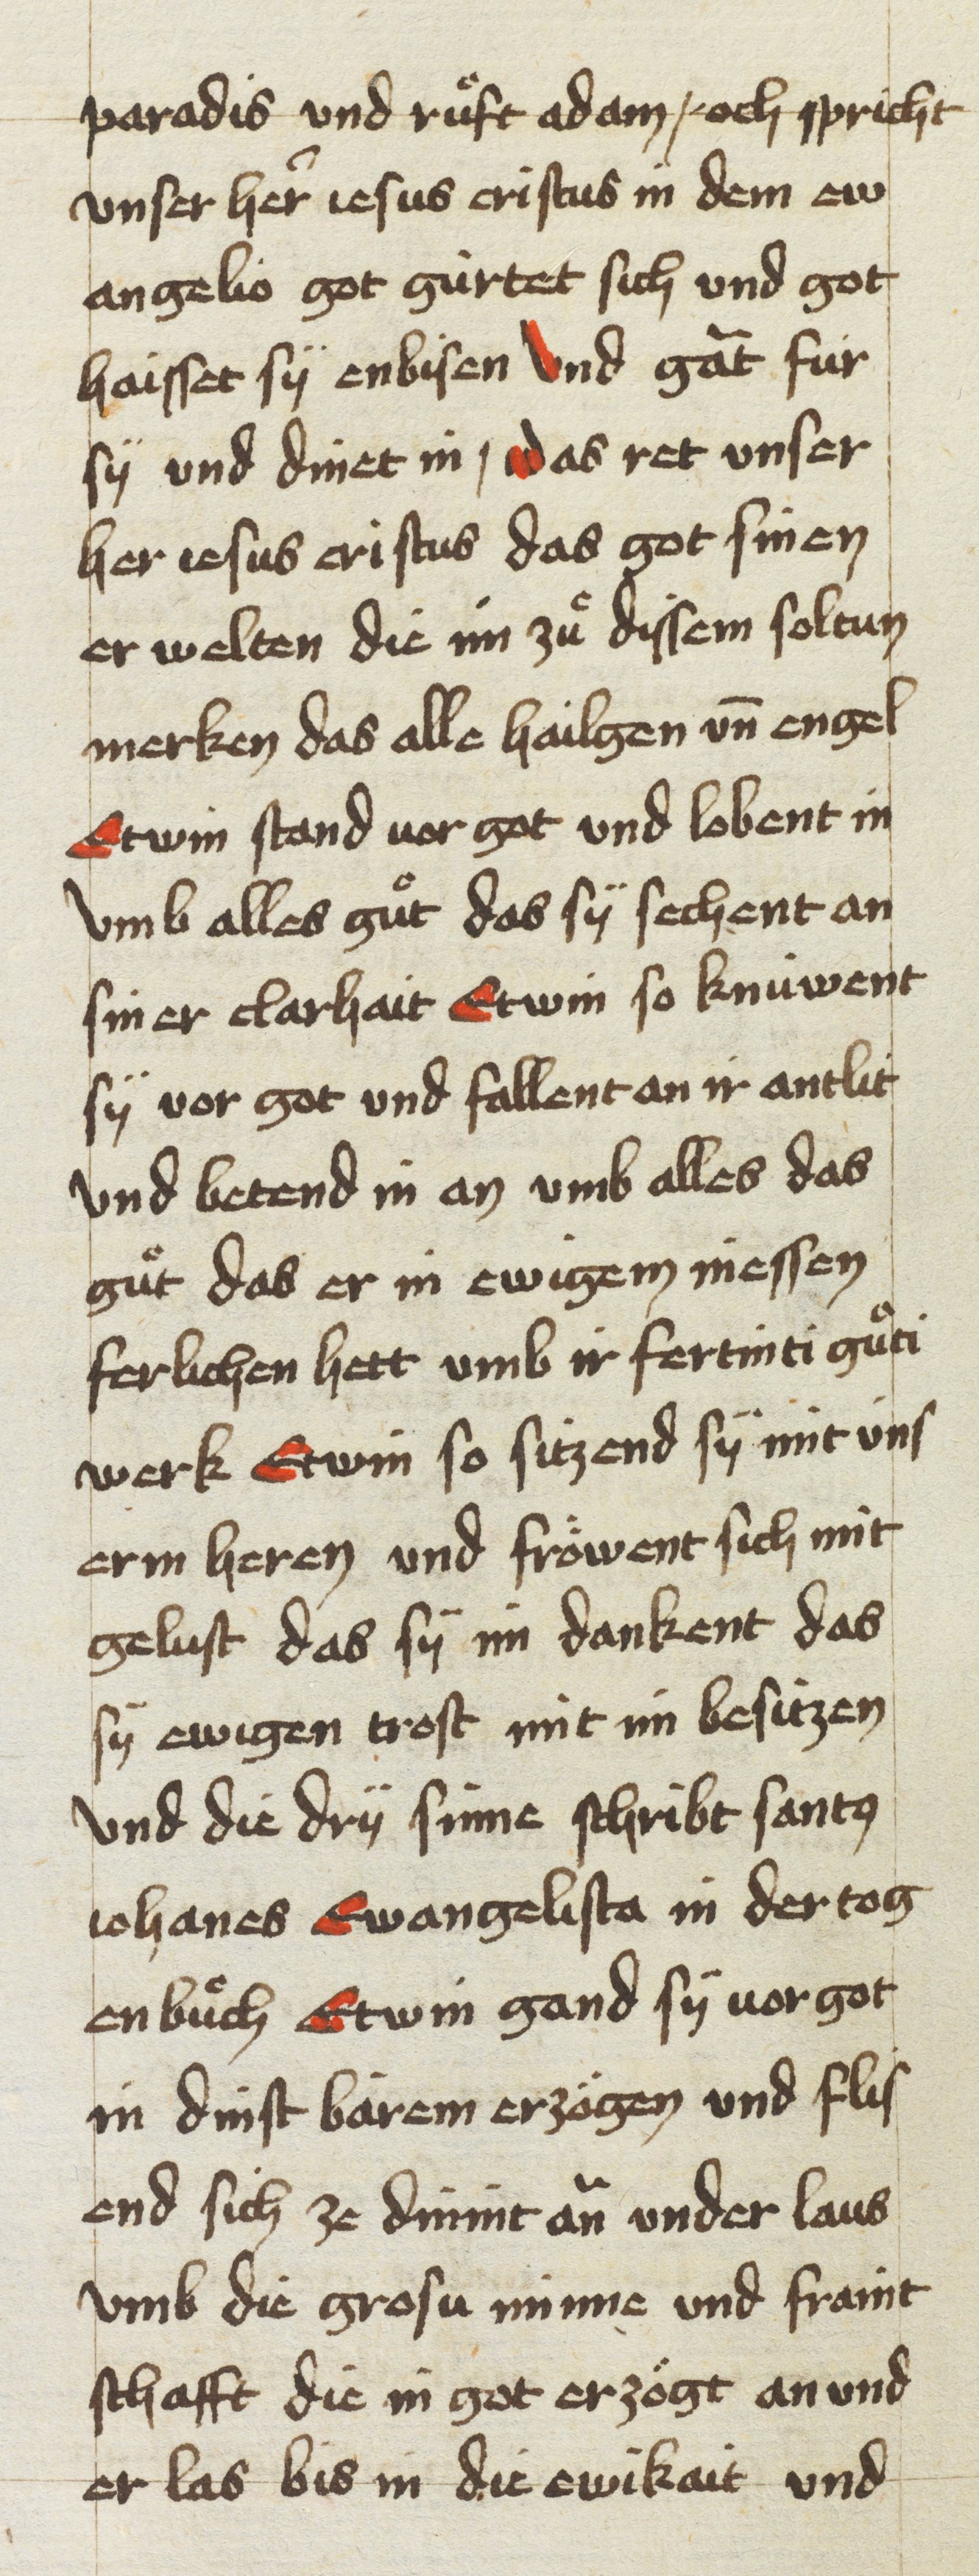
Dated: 1453–1454